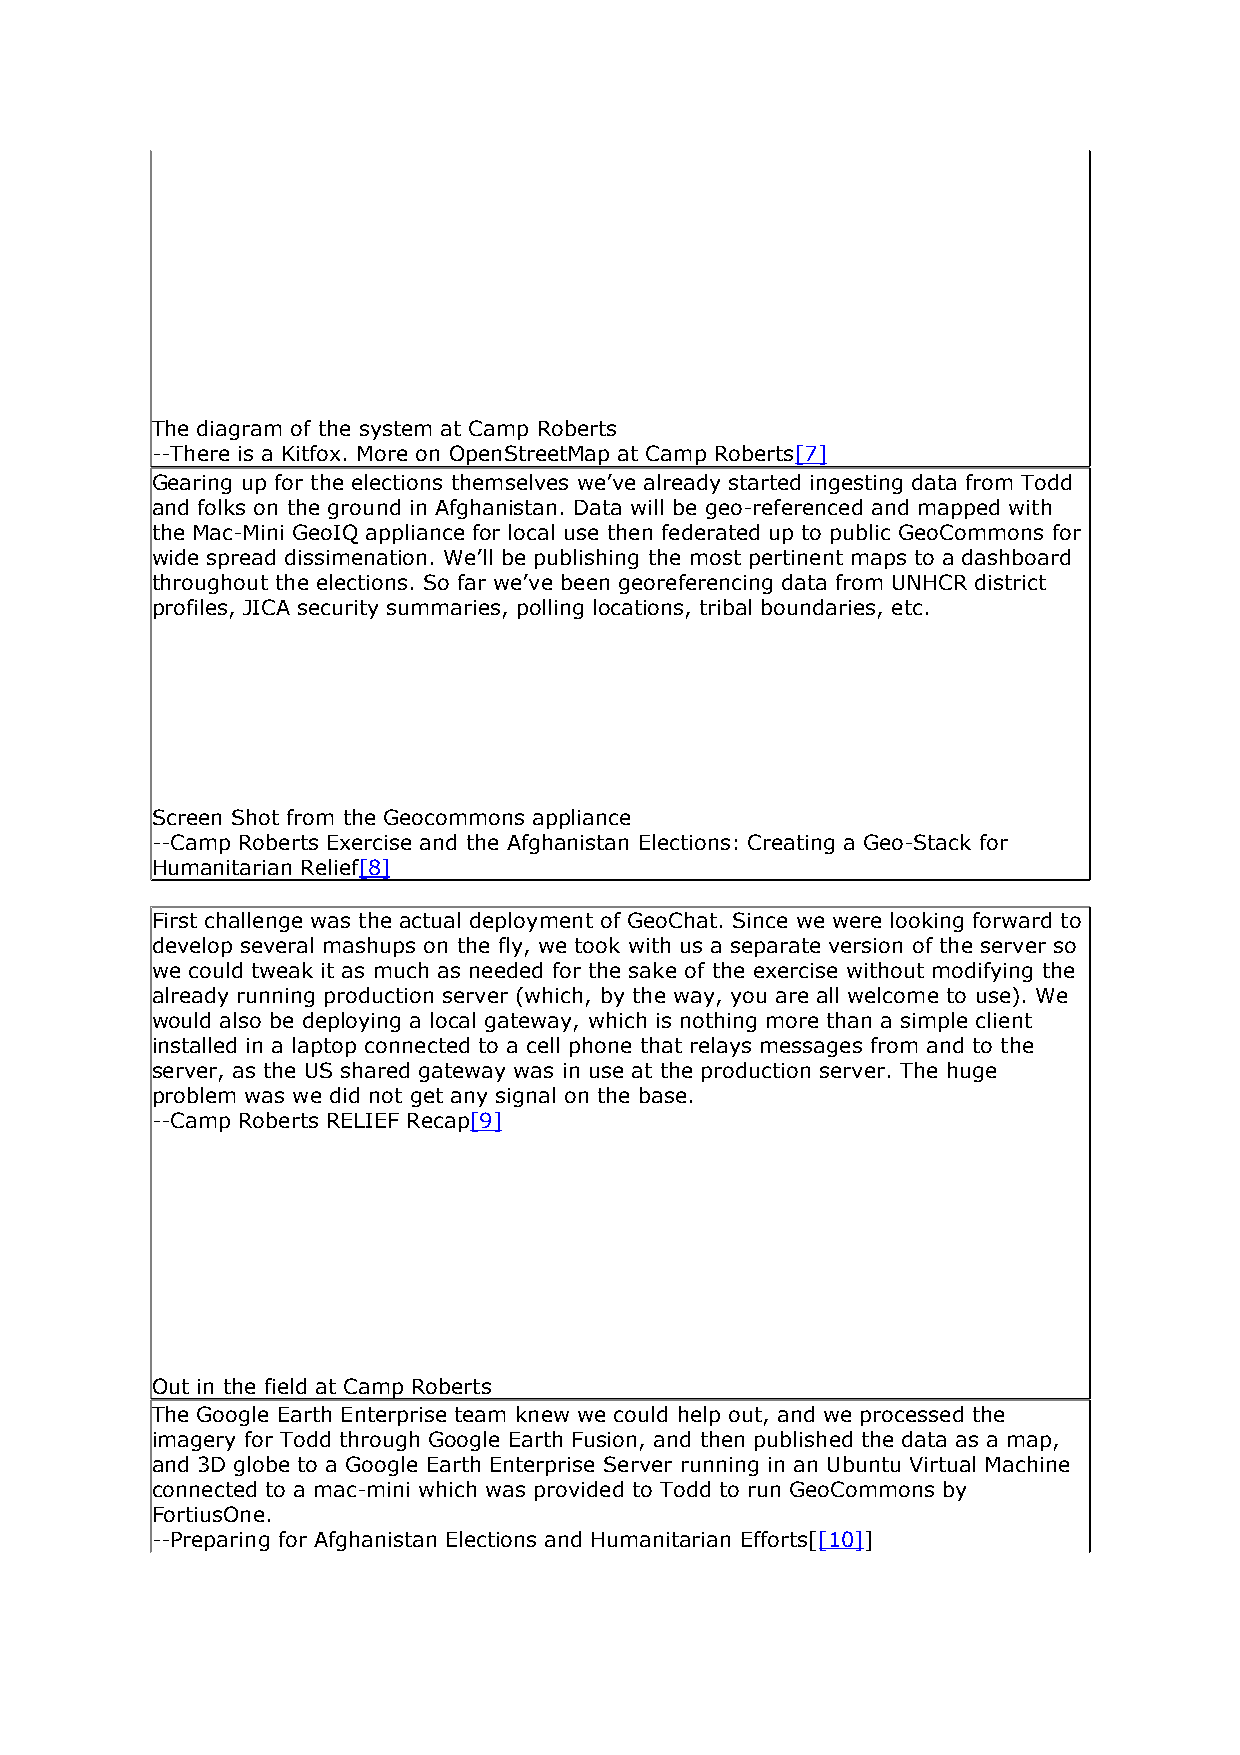
The diagram of the system at Camp Roberts
 --There is a Kitfox. More on OpenStreetMap at Camp Roberts[7]
 Gearing up for the elections themselves we’ve already started ingesting data from Todd
 and folks on the ground in Afghanistan. Data will be geo-referenced and mapped with
 the Mac-Mini GeoIQ appliance for local use then federated up to public GeoCommons for
 wide spread dissimenation. We’ll be publishing the most pertinent maps to a dashboard
 throughout the elections. So far we’ve been georeferencing data from UNHCR district
 profiles, JICA security summaries, polling locations, tribal boundaries, etc.
 Screen Shot from the Geocommons appliance
 --Camp Roberts Exercise and the Afghanistan Elections: Creating a Geo-Stack for
 Humanitarian Relief[8]
 First challenge was the actual deployment of GeoChat. Since we were looking forward to
 develop several mashups on the fly, we took with us a separate version of the server so
 we could tweak it as much as needed for the sake of the exercise without modifying the
 already running production server (which, by the way, you are all welcome to use). We
 would also be deploying a local gateway, which is nothing more than a simple client
 installed in a laptop connected to a cell phone that relays messages from and to the
 server, as the US shared gateway was in use at the production server. The huge
 problem was we did not get any signal on the base.
 --Camp Roberts RELIEF Recap[9]
 Out in the field at Camp Roberts
 The Google Earth Enterprise team knew we could help out, and we processed the
 imagery for Todd through Google Earth Fusion, and then published the data as a map,
 and 3D globe to a Google Earth Enterprise Server running in an Ubuntu Virtual Machine
 connected to a mac-mini which was provided to Todd to run GeoCommons by
 FortiusOne.
 --Preparing for Afghanistan Elections and Humanitarian Efforts[[10]]